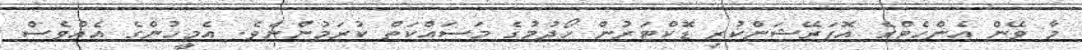
މާ ވޭން އެންހެޓްގެ އޮޕަރޭޝަންކުރި ޑޮކްޓަރުން ހޯދުމުގެ މަސައްކަތް ކުރަމުންނެވެ. އެމީހުންގެ އެއްވެސް